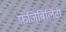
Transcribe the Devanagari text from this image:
फ़ंजिबिलिटी